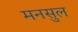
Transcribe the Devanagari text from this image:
मनसुल